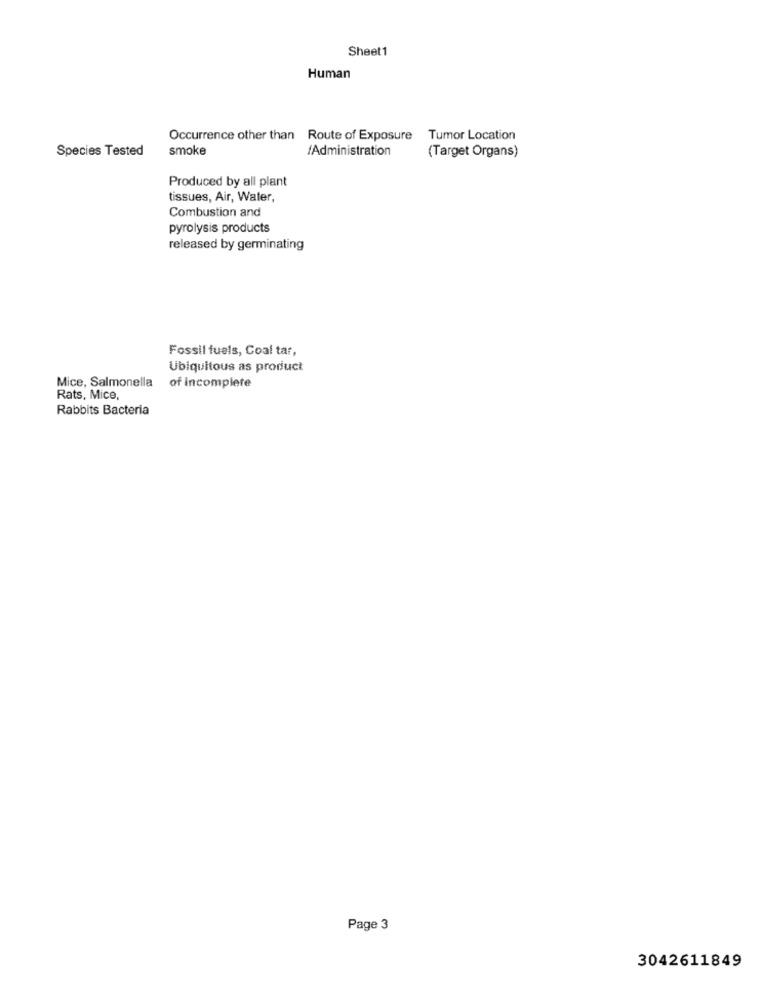
Sheet1
Human
Occurrence other than Route of Exposure Tumor Location
Species Tested
smoke
/Administration
(Target Organs)
Produced by all plant
tissues, Air, Water,
Combustion and
pyrolysis products
released by germinating
Fossil fuels, Coal tar,
Ubiquitous as product
of incomplete
Mice, Salmonella
Rats, Mice,
Rabbits Bacteria
Page 3
3042611849